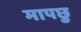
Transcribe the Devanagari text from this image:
मापछु